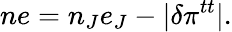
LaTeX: ne=n_{J}e_{J}-|\delta\pi^{tt}|.